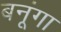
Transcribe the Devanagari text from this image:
बनूंगा